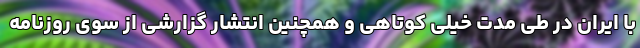
با ایران در طی مدت خیلی کوتاهی و همچنین انتشار گزارشی از سوی روزنامه